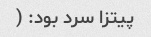
پیتزا سرد بود: (